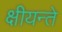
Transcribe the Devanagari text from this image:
क्षीयन्ते